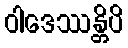
ဝါဒေဿန္တိပိ